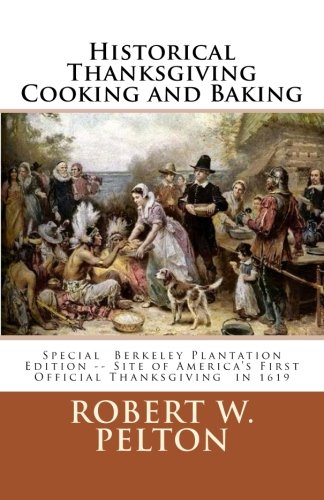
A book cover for Historical Thanksgiving Cooking and Baking: A Unique Collection of Thanksgiving Recipes from the Time of the Revolutionary and Civil Wars; Robert W. Pelton; Cookbooks, Food & Wine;